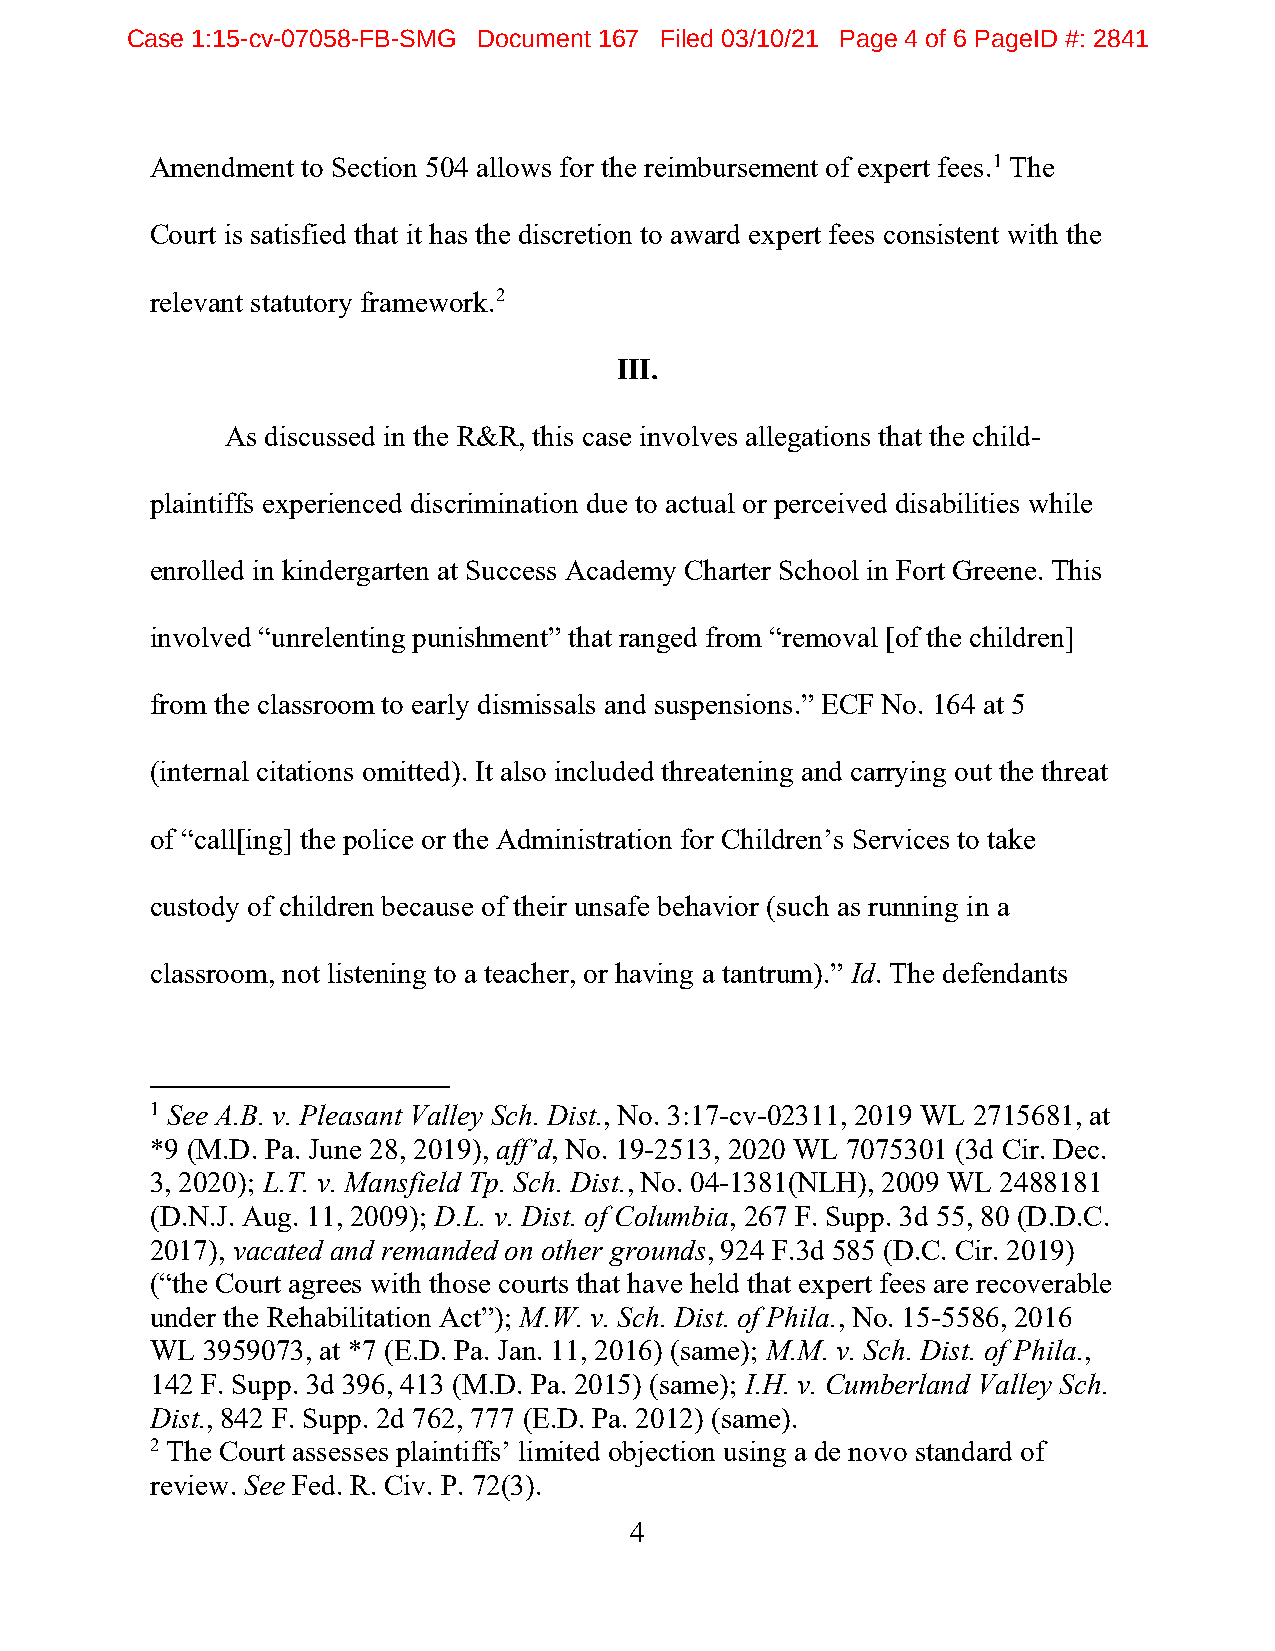
Case 1:15-cv-07058-FB-SMG Document 167 Filed 03/10/21 Page 4 of 6 PageID #: 2841
 Amendment to Section 504 allows for the reimbursement of expert fees.1 The
 Court is satisfied that it has the discretion to award expert fees consistent with the
 relevant statutory framework.2
 III.
 As discussed in the R&R, this case involves allegations that the child-
 plaintiffs experienced discrimination due to actual or perceived disabilities while
 enrolled in kindergarten at Success Academy Charter School in Fort Greene. This
 involved “unrelenting punishment” that ranged from “removal [of the children]
 from the classroom to early dismissals and suspensions.” ECF No. 164 at 5
 (internal citations omitted). It also included threatening and carrying out the threat
 of “call[ing] the police or the Administration for Children’s Services to take
 custody of children because of their unsafe behavior (such as running in a
 classroom, not listening to a teacher, or having a tantrum).” Id. The defendants
 1 See A.B. v. Pleasant Valley Sch. Dist., No. 3:17-cv-02311, 2019 WL 2715681, at
 *9 (M.D. Pa. June 28, 2019), aff’d, No. 19-2513, 2020 WL 7075301 (3d Cir. Dec.
 3, 2020); L.T. v. Mansfield Tp. Sch. Dist., No. 04-1381(NLH), 2009 WL 2488181
 (D.N.J. Aug. 11, 2009); D.L. v. Dist. of Columbia, 267 F. Supp. 3d 55, 80 (D.D.C.
 2017), vacated and remanded on other grounds, 924 F.3d 585 (D.C. Cir. 2019)
 (“the Court agrees with those courts that have held that expert fees are recoverable
 under the Rehabilitation Act”); M.W. v. Sch. Dist. of Phila., No. 15-5586, 2016
 WL 3959073, at *7 (E.D. Pa. Jan. 11, 2016) (same); M.M. v. Sch. Dist. of Phila.,
 142 F. Supp. 3d 396, 413 (M.D. Pa. 2015) (same); I.H. v. Cumberland Valley Sch.
 Dist., 842 F. Supp. 2d 762, 777 (E.D. Pa. 2012) (same).
 2 The Court assesses plaintiffs’ limited objection using a de novo standard of
 review. See Fed. R. Civ. P. 72(3).
 4